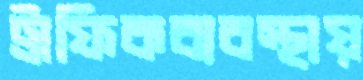
ট্রাফিকব্যবস্থায়